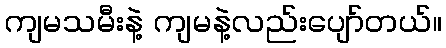
ကျမသမီးနဲ့ ကျမနဲ့လည်းပျော်တယ်။